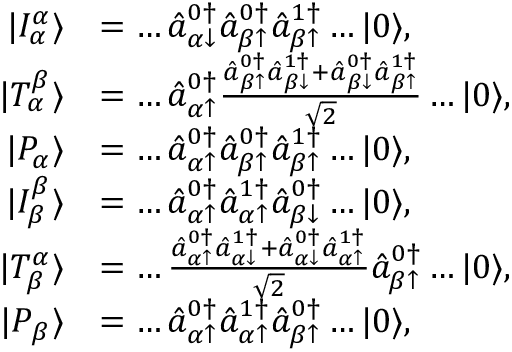
\begin{array} { r l } { | I _ { \alpha } ^ { \alpha } \rangle } & { = \dots \hat { a } _ { \alpha \downarrow } ^ { 0 \dagger } \hat { a } _ { \beta \uparrow } ^ { 0 \dagger } \hat { a } _ { \beta \uparrow } ^ { 1 \dagger } \dots | 0 \rangle , } \\ { | T _ { \alpha } ^ { \beta } \rangle } & { = \dots \hat { a } _ { \alpha \uparrow } ^ { 0 \dagger } \frac { \hat { a } _ { \beta \uparrow } ^ { 0 \dagger } \hat { a } _ { \beta \downarrow } ^ { 1 \dagger } + \hat { a } _ { \beta \downarrow } ^ { 0 \dagger } \hat { a } _ { \beta \uparrow } ^ { 1 \dagger } } { \sqrt { 2 } } \dots | 0 \rangle , } \\ { | P _ { \alpha } \rangle } & { = \dots \hat { a } _ { \alpha \uparrow } ^ { 0 \dagger } \hat { a } _ { \beta \uparrow } ^ { 0 \dagger } \hat { a } _ { \beta \uparrow } ^ { 1 \dagger } \dots | 0 \rangle , } \\ { | I _ { \beta } ^ { \beta } \rangle } & { = \dots \hat { a } _ { \alpha \uparrow } ^ { 0 \dagger } \hat { a } _ { \alpha \uparrow } ^ { 1 \dagger } \hat { a } _ { \beta \downarrow } ^ { 0 \dagger } \dots | 0 \rangle , } \\ { | T _ { \beta } ^ { \alpha } \rangle } & { = \dots \frac { \hat { a } _ { \alpha \uparrow } ^ { 0 \dagger } \hat { a } _ { \alpha \downarrow } ^ { 1 \dagger } + \hat { a } _ { \alpha \downarrow } ^ { 0 \dagger } \hat { a } _ { \alpha \uparrow } ^ { 1 \dagger } } { \sqrt { 2 } } \hat { a } _ { \beta \uparrow } ^ { 0 \dagger } \dots | 0 \rangle , } \\ { | P _ { \beta } \rangle } & { = \dots \hat { a } _ { \alpha \uparrow } ^ { 0 \dagger } \hat { a } _ { \alpha \uparrow } ^ { 1 \dagger } \hat { a } _ { \beta \uparrow } ^ { 0 \dagger } \dots | 0 \rangle , } \end{array}